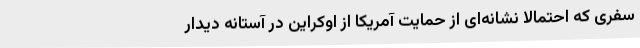
سفری که احتمالا نشانه‌ای از حمایت آمریکا از اوکراین در آستانه دیدار